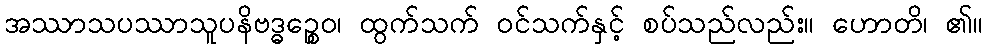
အဿာသပဿာသူပနိဗဒ္ဓဉ္စေဝ၊ ထွက်သက် ဝင်သက်နှင့် စပ်သည်လည်း။ ဟောတိ၊ ၏။